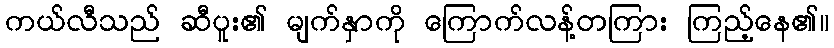
ကယ်လီသည် ဆီပူး၏ မျက်နှာကို ကြောက်လန့်တကြား ကြည့်နေ၏။